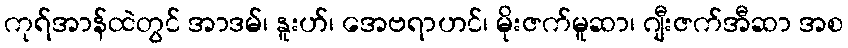
ကုရ်အာန်ထဲတွင် အာဒမ်၊ နူးဟ်၊ အေဗရာဟင်၊ မိုးဇက်မူဆာ၊ ဂျီးဇက်အီဆာ အစ